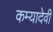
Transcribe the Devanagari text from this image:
कम्यादेवी